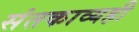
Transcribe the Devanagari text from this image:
संतकाव्यही